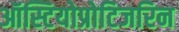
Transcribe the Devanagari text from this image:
ऑस्टियोप्रोटिजरिन